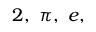
2 , \ \pi , \ e ,